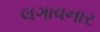
લગાવનાર